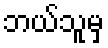
ဘယ်သူမှ